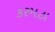
કરમટા